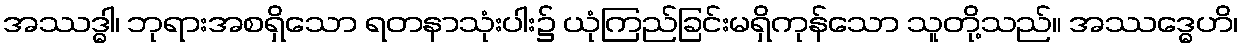
အဿဒ္ဓါ၊ ဘုရားအစရှိသော ရတနာသုံးပါး၌ ယုံကြည်ခြင်းမရှိကုန်သော သူတို့သည်။ အဿဒ္ဓေဟိ၊